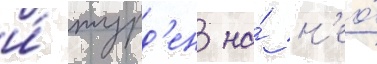
и́ журд'ен на́ н'ео́